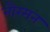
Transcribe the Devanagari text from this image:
नौरमन